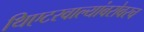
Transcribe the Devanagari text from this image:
थिएटरवाल्यांबरोबरच